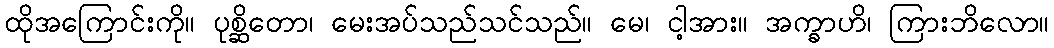
ထိုအကြောင်းကို။ ပုစ္ဆိတော၊ မေးအပ်သည်သင်သည်။ မေ၊ ငါ့အား။ အက္ခာဟိ၊ ကြားဘိလော။